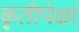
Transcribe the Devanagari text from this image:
कृतीपेक्षा